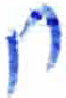
אות: ח